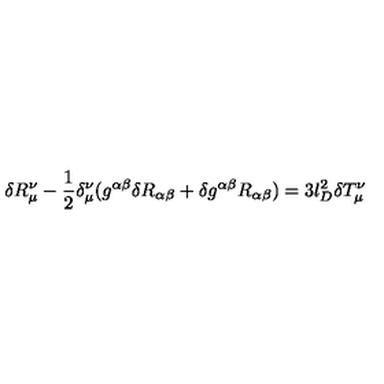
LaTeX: \delta R _ { \mu } ^ { \nu } - \frac { 1 } { 2 } \delta _ { \mu } ^ { \nu } ( g ^ { \alpha \beta } \delta R _ { \alpha \beta } + \delta g ^ { \alpha \beta } R _ { \alpha \beta } ) = 3 l _ { D } ^ { 2 } \delta T _ { \mu } ^ { \nu }